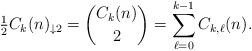
LaTeX: \begin{align*} \tfrac 12C_k(n)_{\downarrow 2} = {C_k(n)\choose 2} = \sum_{\ell=0}^{k-1}C_{k,\ell}(n). \end{align*}